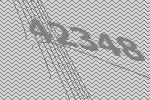
42348